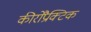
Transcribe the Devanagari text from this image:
कीरोप्रैक्टिक